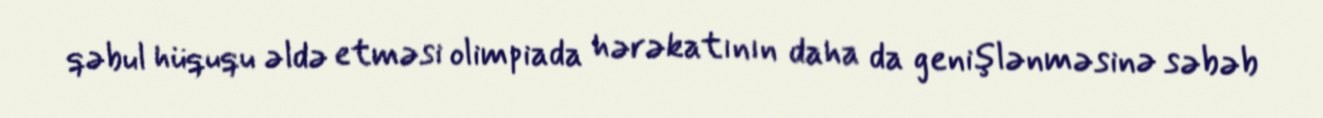
qəbul hüququ əldə etməsi olimpiada hərəkatının daha da genişlənməsinə səbəb